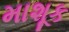
માશૂક